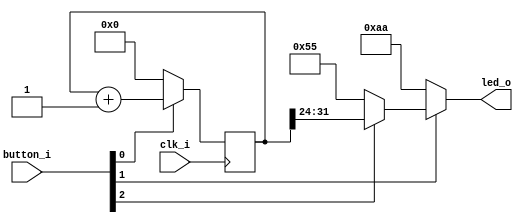
/*
 * Copyright (c) 2018, Alex Taradov <alex@taradov.com>
 * All rights reserved.
 *
 * Redistribution and use in source and binary forms, with or without
 * modification, are permitted provided that the following conditions are met:
 *
 * 1. Redistributions of source code must retain the above copyright notice,
 *    this list of conditions and the following disclaimer.
 * 2. Redistributions in binary form must reproduce the above copyright
 *    notice, this list of conditions and the following disclaimer in the
 *    documentation and/or other materials provided with the distribution.
 * 3. The name of the author may not be used to endorse or promote products
 *    derived from this software without specific prior written permission.
 *
 * THIS SOFTWARE IS PROVIDED BY THE COPYRIGHT HOLDERS AND CONTRIBUTORS "AS IS"
 * AND ANY EXPRESS OR IMPLIED WARRANTIES, INCLUDING, BUT NOT LIMITED TO, THE
 * IMPLIED WARRANTIES OF MERCHANTABILITY AND FITNESS FOR A PARTICULAR PURPOSE
 * ARE DISCLAIMED. IN NO EVENT SHALL THE COPYRIGHT HOLDER OR CONTRIBUTORS BE
 * LIABLE FOR ANY DIRECT, INDIRECT, INCIDENTAL, SPECIAL, EXEMPLARY, OR
 * CONSEQUENTIAL DAMAGES (INCLUDING, BUT NOT LIMITED TO, PROCUREMENT OF
 * SUBSTITUTE GOODS OR SERVICES; LOSS OF USE, DATA, OR PROFITS; OR BUSINESS
 * INTERRUPTION) HOWEVER CAUSED AND ON ANY THEORY OF LIABILITY, WHETHER IN
 * CONTRACT, STRICT LIABILITY, OR TORT (INCLUDING NEGLIGENCE OR OTHERWISE)
 * ARISING IN ANY WAY OUT OF THE USE OF THIS SOFTWARE, EVEN IF ADVISED OF THE
 * POSSIBILITY OF SUCH DAMAGE.
 */

`timescale 1ns / 1ps

module demo (
  input         clk_i,
  output  [7:0] led_o,
  input   [2:0] button_i
);

//-----------------------------------------------------------------------------
reg [31:0] cnt_r;

always @(posedge clk_i) begin
  if (0 == button_i[0])
    cnt_r <= 'd0;
  else
    cnt_r <= cnt_r + 'd1;
end

//-----------------------------------------------------------------------------
assign led_o =
  (0 == button_i[1]) ? 8'haa :
  (0 == button_i[2]) ? 8'h55 : cnt_r[31:24];

endmodule